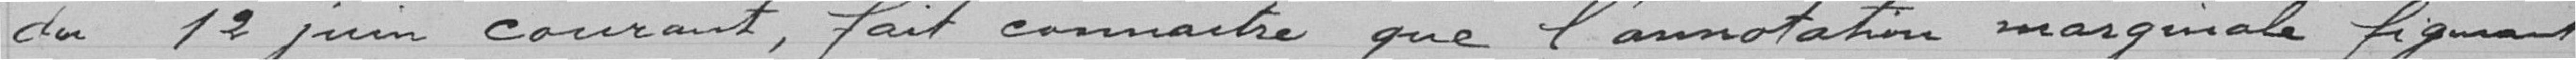
le service de l'action .- du 12 juin courant, fait connaître que l'annotation marginale figurant